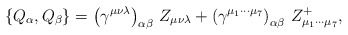
\begin{align*}\left\{ Q_\alpha ,Q_\beta \right\} =\left( \gamma ^{\mu \nu \lambda }\right)_{\alpha \beta }\,Z_{\mu \nu \lambda }+\left( \gamma ^{\mu _1\cdots \mu_7}\right) _{\alpha \beta }\,Z_{\mu _1\cdots \mu _7}^{+}, \end{align*}